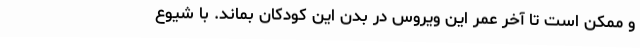
و ممکن است تا آخر عمر این ویروس در بدن این کودکان بماند. با شیوع